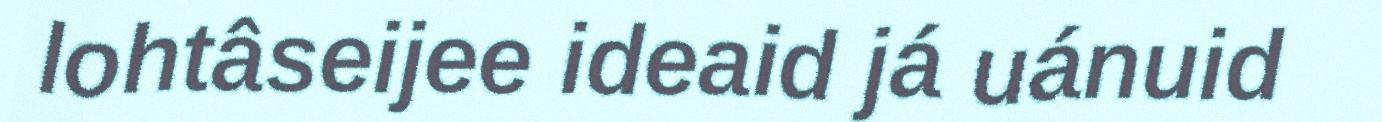
lohtâseijee ideaid já uánuid